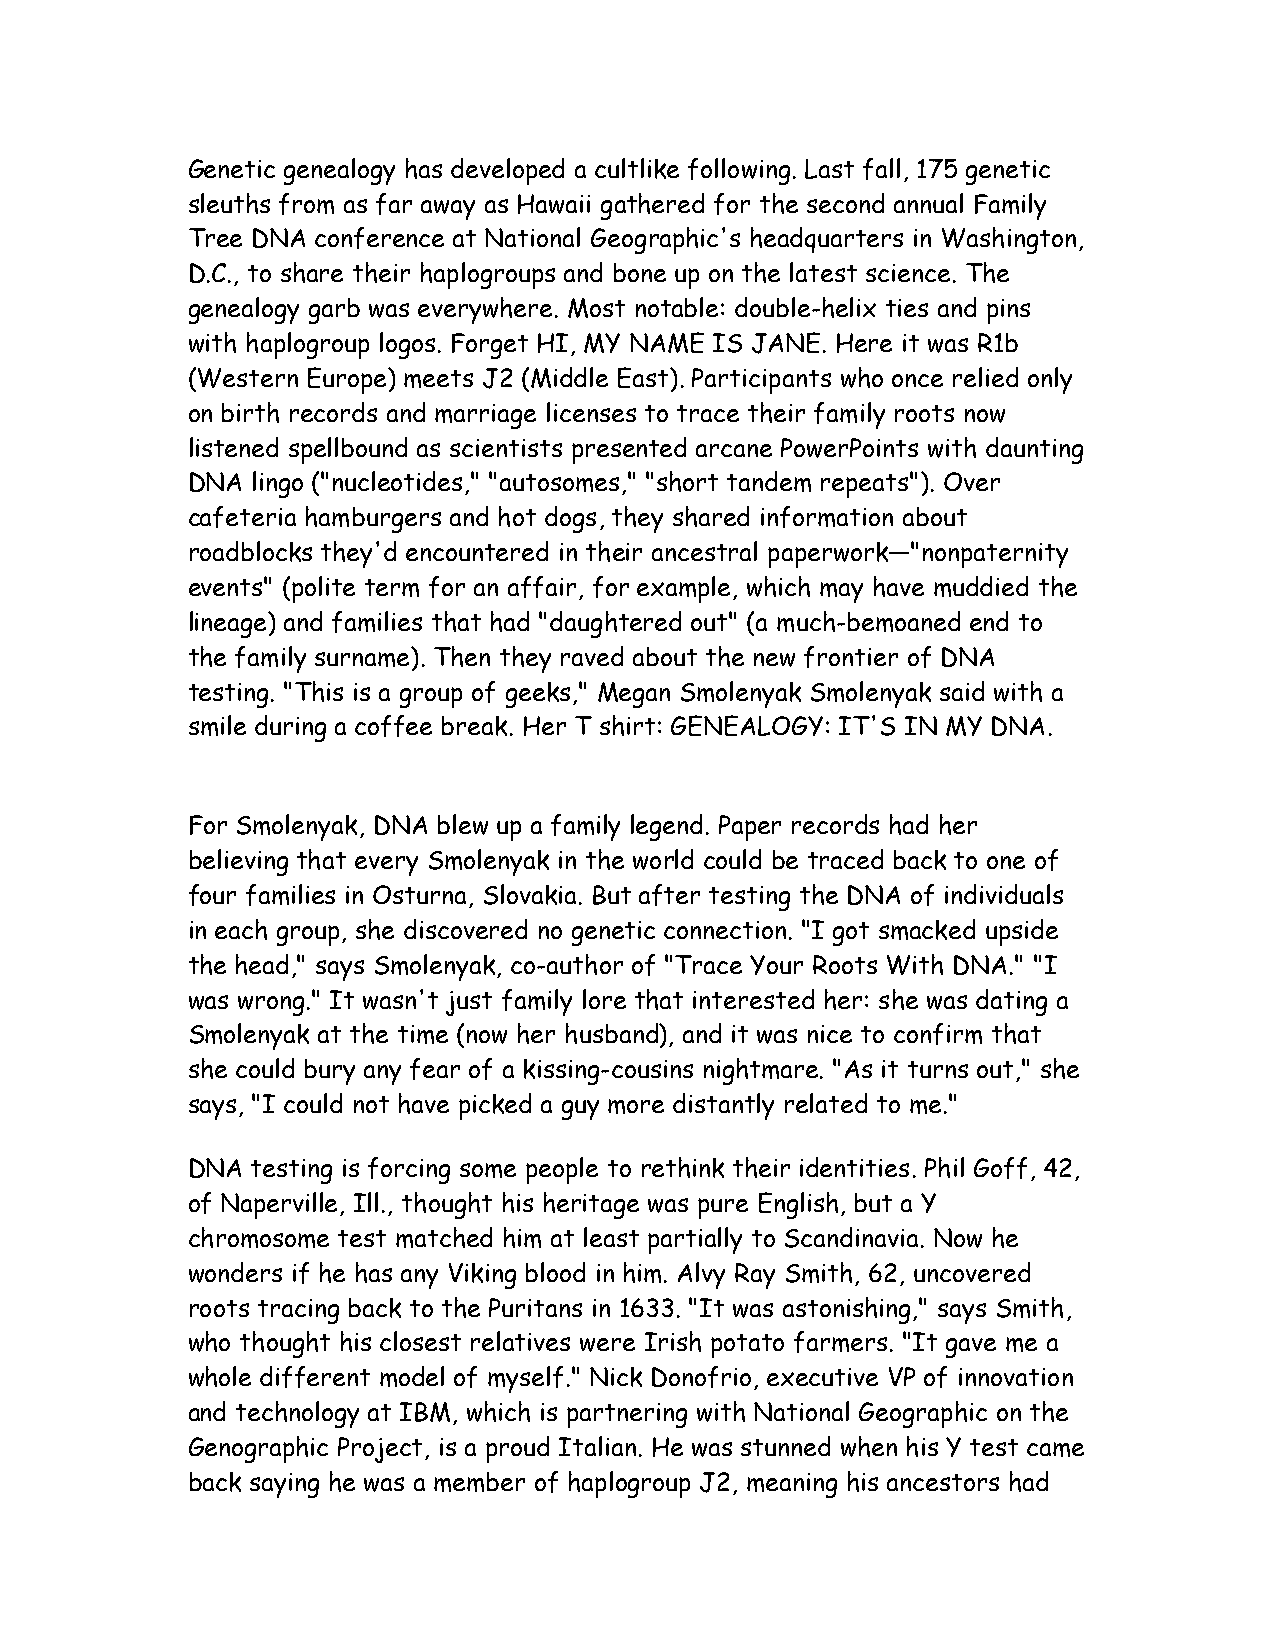
Genetic genealogy has developed a cultlike following. Last fall, 175 genetic
 sleuths from as far away as Hawaii gathered for the second annual Family
 Tree DNA conference at National Geographic's headquarters in Washington,
 D.C., to share their haplogroups and bone up on the latest science. The
 genealogy garb was everywhere. Most notable: double-helix ties and pins
 with haplogroup logos. Forget HI, MY NAME IS JANE. Here it was R1b
 (Western Europe) meets J2 (Middle East). Participants who once relied only
 on birth records and marriage licenses to trace their family roots now
 listened spellbound as scientists presented arcane PowerPoints with daunting
 DNA  lingo ("nucleotides," "autosomes," "short tandem repeats"). Over
 cafeteria hamburgers and hot dogs, they shared information about
 roadblocks they'd encountered in their ancestral paperwork—"nonpaternity
 events" (polite term for an affair, for example, which may have muddied the
 lineage) and families that had "daughtered out" (a much-bemoaned end to
 the family surname). Then they raved about the new frontier of DNA
 testing. "This is a group of geeks," Megan Smolenyak Smolenyak said with a
 smile during a coffee break. Her T shirt: GENEALOGY: IT'S IN MY DNA.
 For Smolenyak, DNA blew up a family legend. Paper records had her
 believing that every Smolenyak in the world could be traced back to one of
 four families in Osturna, Slovakia. But after testing the DNA of individuals
 in each group, she discovered no genetic connection. "I got smacked upside
 the head," says Smolenyak, co-author of "Trace Your Roots With DNA." "I
 was wrong." It wasn't just family lore that interested her: she was dating a
 Smolenyak at the time (now her husband), and it was nice to confirm that
 she could bury any fear of a kissing-cousins nightmare. "As it turns out," she
 says, "I could not have picked a guy more distantly related to me."
 DNA  testing is forcing some people to rethink their identities. Phil Goff, 42,
 of Naperville, Ill., thought his heritage was pure English, but a Y
 chromosome test matched him at least partially to Scandinavia. Now he
 wonders if he has any Viking blood in him. Alvy Ray Smith, 62, uncovered
 roots tracing back to the Puritans in 1633. "It was astonishing," says Smith,
 who thought his closest relatives were Irish potato farmers. "It gave me a
 whole different model of myself." Nick Donofrio, executive VP of innovation
 and technology at IBM, which is partnering with National Geographic on the
 Genographic Project, is a proud Italian. He was stunned when his Y test came
 back saying he was a member of haplogroup J2, meaning his ancestors had